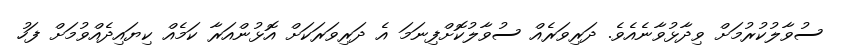
ސުވާލުކުރުމަށް ވިދާޅުވާނެއެވެ. ދަރިވަރެއް ސުވާލުކޮށްފިނަމަ އެ ދަރިވަރަކަށް އޮޅުންއަރާ ކަމެއް ކިޔައިދެއްވުމަށް ފަހު